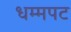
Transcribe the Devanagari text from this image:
धम्मपट